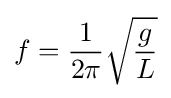
f={1 \over 2\pi }{\sqrt {g \over L}}